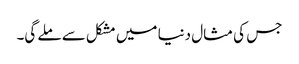
جس کی مثال دنیا میں مشکل سے ملے گی۔